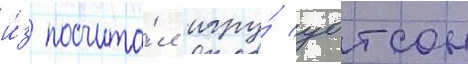
и́з посчита́л игру́ уотсон